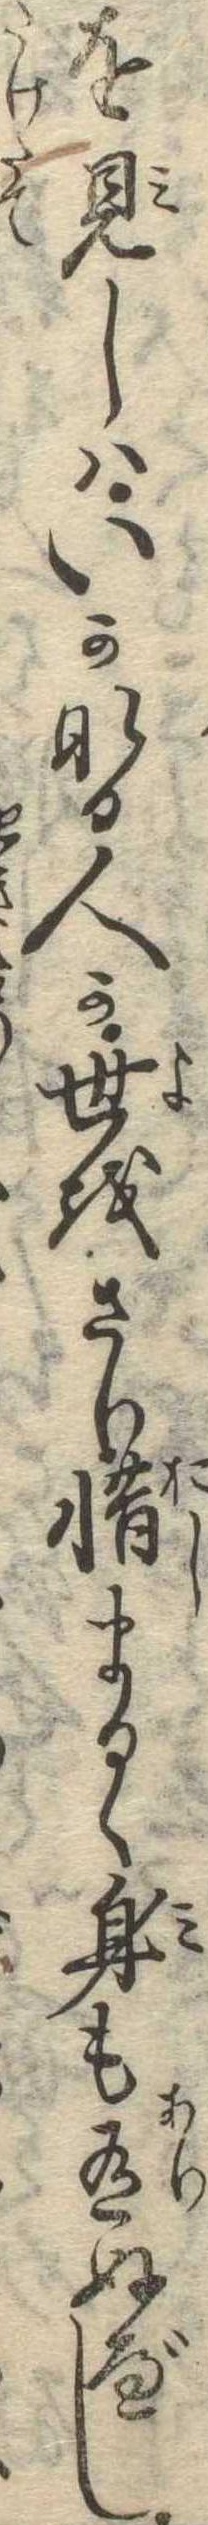
を見しはいかなる人か世をさり惜まるゝ身も有ぬべし